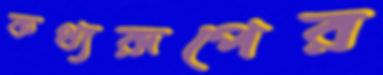
কথ্যরূপের